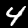
Label: 4